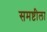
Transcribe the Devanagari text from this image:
समष्टीला